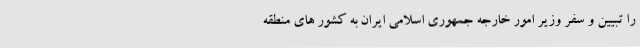
را تبیین و سفر وزیر امور خارجه جمهوری اسلامی ایران به کشور های منطقه